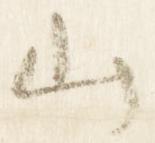
山